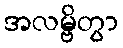
အလမ္ဗိတွာ